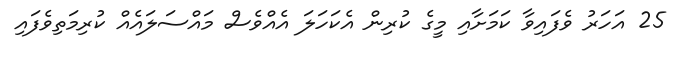
25 އަހަރު ވެފައިވާ ކަމަށާއި މީގެ ކުރިން އެކަހަލަ އެއްވެސް މައްސަލައެއް ކުރިމަތިވެފައި